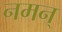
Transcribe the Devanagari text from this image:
नमन्